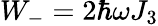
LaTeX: W_{-}=2\hbar\omega J_{3}